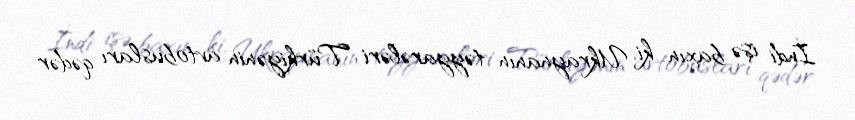
İndi işə baxın ki, Ukraynanın təyyarələri Türkiyənin avtobusları qədər